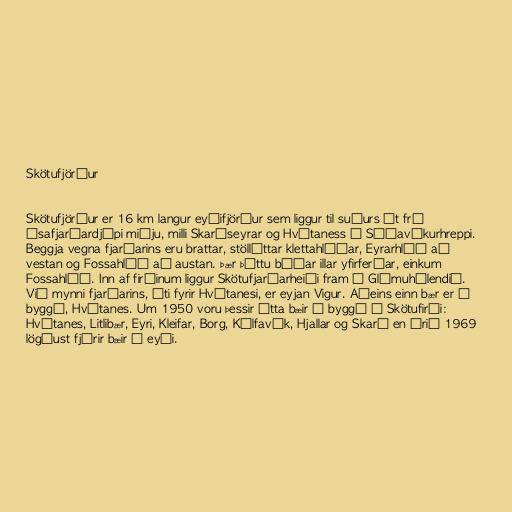
Skötufjörður

Skötufjörður er 16 km langur eyðifjörður sem liggur til suðurs út frá
Ísafjarðardjúpi miðju, milli Skarðseyrar og Hvítaness í Súðavíkurhreppi.
Beggja vegna fjarðarins eru brattar, stöllóttar klettahlíðar, Eyrarhlíð að
vestan og Fossahlíð að austan. Þær þóttu báðar illar yfirferðar, einkum
Fossahlíð. Inn af firðinum liggur Skötufjarðarheiði fram á Glámuhálendið.
Við mynni fjarðarins, úti fyrir Hvítanesi, er eyjan Vigur. Aðeins einn bær er í
byggð, Hvítanes. Um 1950 voru þessir átta bæir í byggð í Skötufirði:
Hvítanes, Litlibær, Eyri, Kleifar, Borg, Kálfavík, Hjallar og Skarð en árið 1969
lögðust fjórir bæir í eyði.